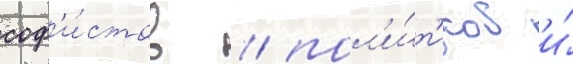
соф'и́стов / пол'и́т'иков и́